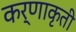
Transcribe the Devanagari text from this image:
कर्णाकृती